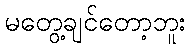
မတွေ့ချင်တော့ဘူး